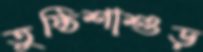
তুষ্ঠিশাশুড়